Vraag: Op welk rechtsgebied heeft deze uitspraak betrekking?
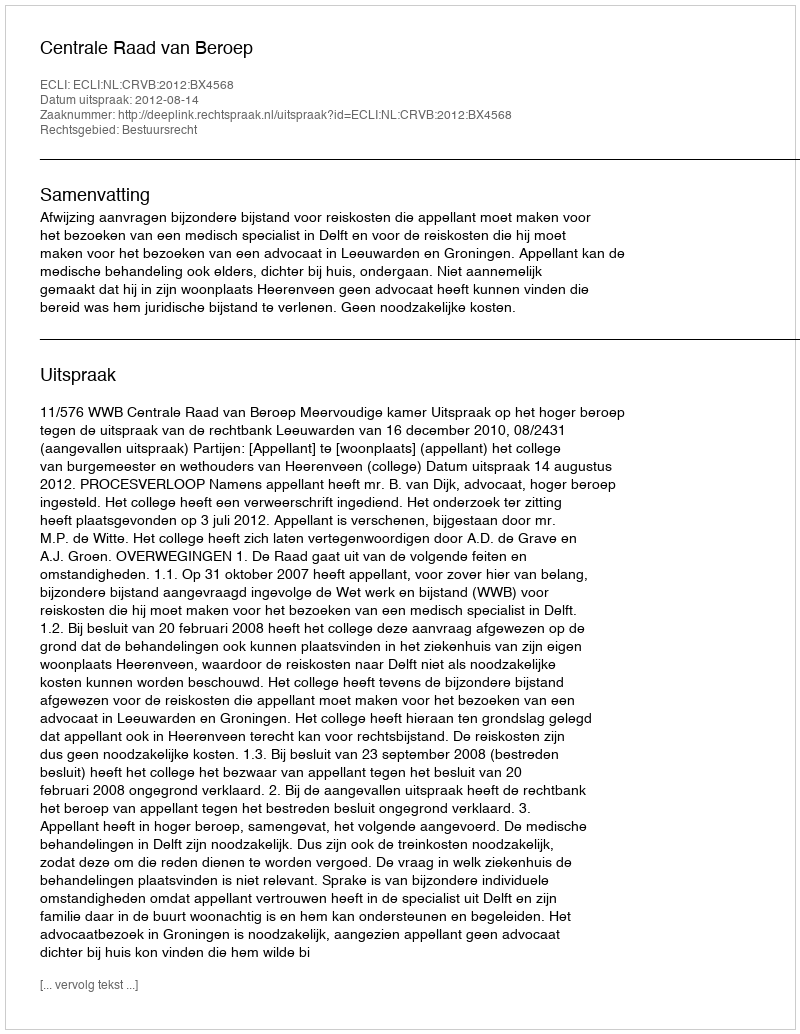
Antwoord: Bestuursrecht